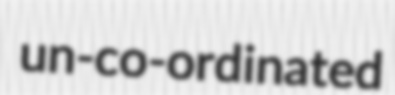
un-co-ordinated